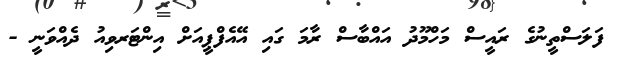
ފަލަސްތީނުގެ ރައީސް މަހްމޫދު އައްބާސް ރާމަ ގައި އޭއެފްޕީއަށް އިންޓަރވިއު ދެއްވަނީ -